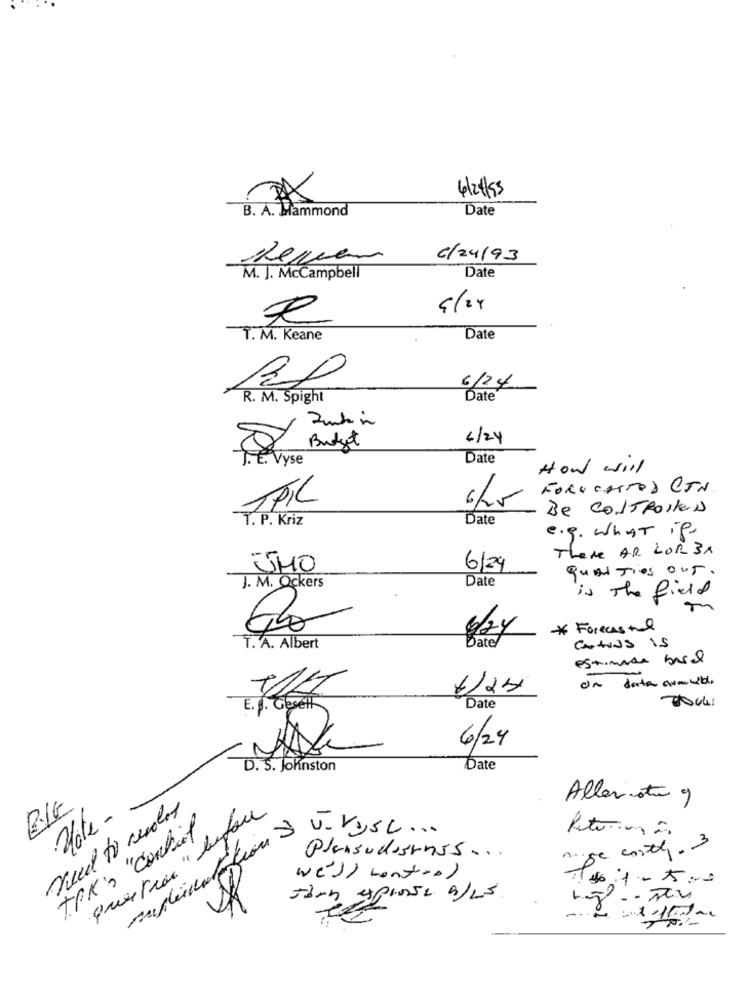
6/ 24/53
B. A. Mammond
Date
Reuven
c/24/93
M. J. McCampbell
Date
T. M. Keane
Date
20
6/24
R. M. Spight
Date
6/24
Budget
I.e. Vyse
Date
How will
FORECASTOD CEN
1PC
Be CONTROLLED
T. P. Kriz
Date
e.g. what if
There AR LOR 3x
JMO
6/24
qualTies OUT.
Date
J. M. Ockers
is The field
* Forecastl
Date
6/24
CANONS is
T. A. Albert
estimada based
on data avmueble
4/24
E. P. Gesell
Date
6/24
D. S. Johnston
Date
BIG
Alleviate 9
question " byfan
U. Kysc ...
mage costly. 3
Plansudostress ...
we'll control
Jarn SpInse W/Ls